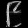
Digit: ၉